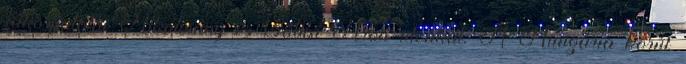
rákospalotai Alkotmány és Gábor Áron utcákat. A Hungária körút